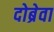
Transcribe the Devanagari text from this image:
दोब्रेवा